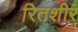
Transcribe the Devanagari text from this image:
रितशीर